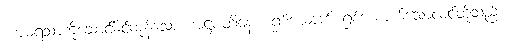
ကာမရသာကိုဆောင်နိုင်ကုန်သော။ အဋ္ဌပတိနော၊ ရှစ်ယောက် ရှစ်ယောက်သောလင်တို့သည်။